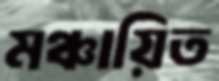
মঞ্চায়িত